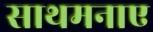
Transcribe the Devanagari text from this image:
साथमनाए